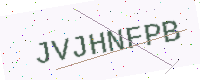
Text: JVJHNFPB